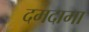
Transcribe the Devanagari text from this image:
दमदामा